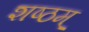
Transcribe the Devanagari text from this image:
शष्ठम्